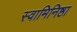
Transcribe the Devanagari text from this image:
स्वामिनिष्ठा